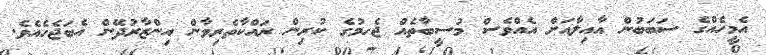
އެމީހެއްގެ ސަބަބުން އާއިލާއަށް އެއްވެސް މުސީބާތެއް ޖެހމުގެ ކުރިން ރައްކާތެރިވާން އިންޒާރުދޭން އެބަޖެހެއެވެ.